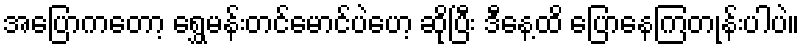
အပြောကတော့ ရွှေမန်းတင်မောင်ပဲဟေ့ ဆိုပြီး ဒီနေ့ထိ ပြောနေကြတုန်းပါပဲ။